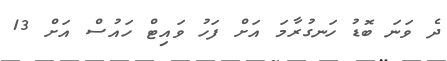
ދެ ވަނަ ބޮޑު ހަނގުރާމަ އަށް ފަހު ވައިޓް ހައުސް އަށް 13